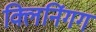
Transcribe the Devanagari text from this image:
क्लिनिंगग